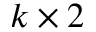
k \times 2